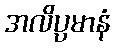
အလိပ္ပမာနံ